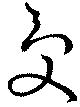
受